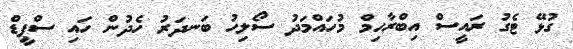
ގުޅޭ ޓެގު ރައީސް އިބްރާހިމް މުހައްމަދު ސޯލިހު ބަނދަރު ހެދުން ހައި ސްޕީޑް